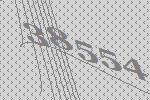
38554